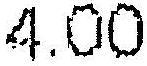
4.00